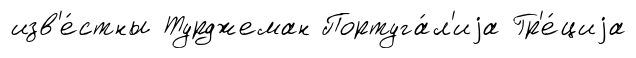
изв'е́стны Турджеман Португа́л'иjа Гр'е́циjа